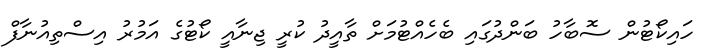
ހައިކޯޓުން ސޮބާހު ބަންދުގައި ބެހެއްޓުމަށް ތާއީދު ކުރީ ޖިނާއީ ކޯޓުގެ އަމުރު އިސްތިއުނާފް